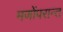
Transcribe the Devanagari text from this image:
मर्णोपरान्त